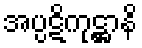
အပ္ပဋိကုဋ္ဌာနိ